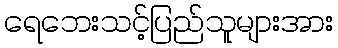
ရေဘေးသင့်ပြည်သူများအား